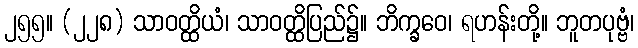
၂၅၅။ (၂၂၈) သာဝတ္ထိယံ၊ သာဝတ္ထိပြည်၌။ ဘိက္ခဝေ၊ ရဟန်းတို့။ ဘူတပုဗ္ဗံ၊